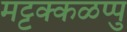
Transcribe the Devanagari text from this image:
मट्टक्कळप्पु